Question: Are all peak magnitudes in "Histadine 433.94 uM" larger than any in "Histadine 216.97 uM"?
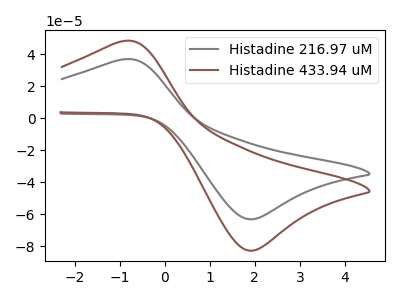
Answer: <think>The gray curve "Histadine 216.97 uM" has an anodic peak at (-0.90V, 36.70uA) and a cathodic peak at (1.95V, -63.10uA). The brown curve "Histadine 433.94 uM" has an anodic peak at (-0.90V, 48.05uA) and a cathodic peak at (1.95V, -82.70uA).</think>
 <answer>Every peak in "Histadine 433.94 uM" is higher than every peak in "Histadine 216.97 uM".</answer>
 <eval>higher</eval>